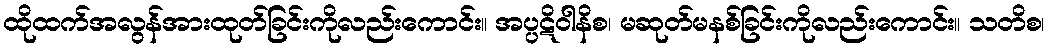
ထိုထက်အလွန်အားထုတ်ခြင်းကိုလည်းကောင်း။ အပ္ပဋိဝါနိစ၊ မဆုတ်မနစ်ခြင်းကိုလည်းကောင်း။ သတိစ၊